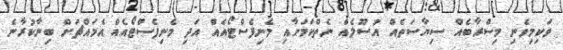
ވަކިމިވެނި މިސްރާބެއް ސިޔާސަތެއް އުސޫލެއް ނެތްކަމަށާއި މެނިފެސްޓޯއެއް އަދި މެނިފެސްޓޯއެއް އެމައްޗަށް ބިނާކުރާނެ